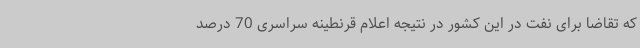
که تقاضا برای نفت در این کشور در نتیجه اعلام قرنطینه سراسری 70 درصد